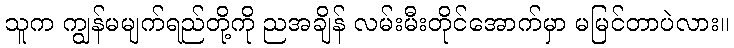
သူက ကျွန်မမျက်ရည်တို့ကို ညအချိန် လမ်းမီးတိုင်အောက်မှာ မမြင်တာပဲလား။